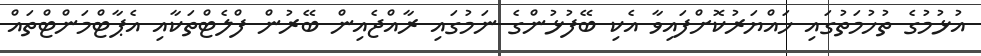
އުޅުމުގެ ތުހުމަތުގައި ހައްޔަރުކޮށްފައިވާ އެކި ބޭފުޅުންގެ ނަމުގައި ރާއްޖެއިން ބޭރުން ފްލެޓްތަކާއި އެޕާޓްމަންޓްތައް